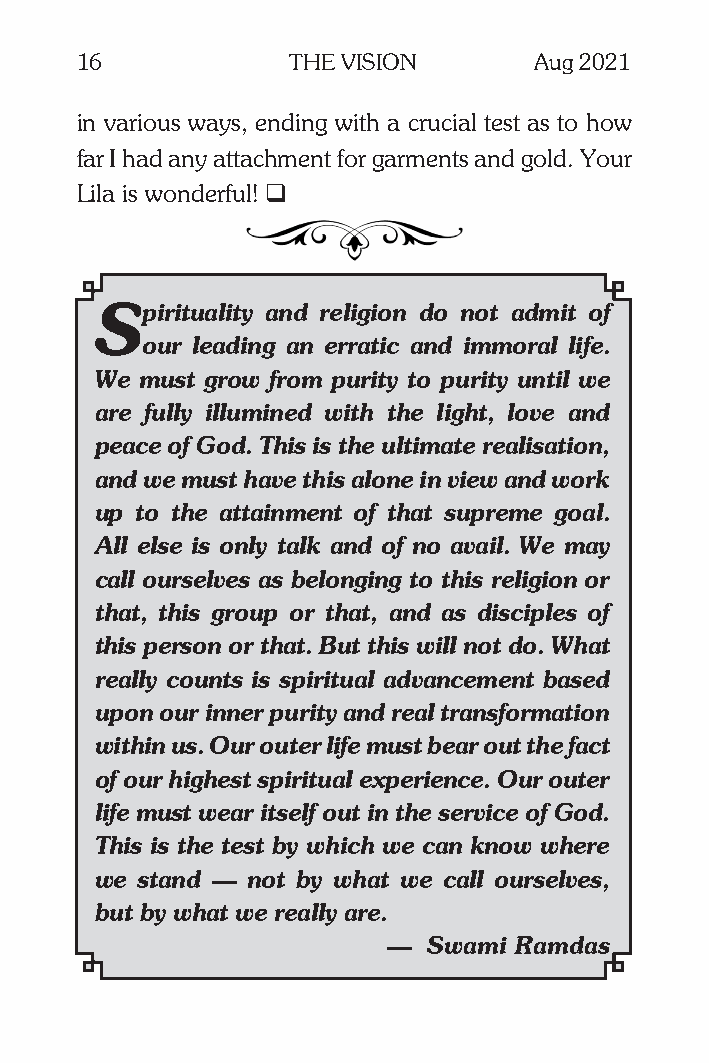
16            THE VISION      Aug 2021
 in various ways, ending with a crucial test as to how
 far I had any attachment for garments and gold. Your
 Lila is wonderful! q
 Spirituality and religion do not admit of
 our leading an erratic and immoral life.
 We must grow from purity to purity until we
 are fully illumined with the light, love and
 peace of God. This is the ultimate realisation,
 and we must have this alone in view and work
 up to the attainment of that supreme goal.
 All else is only talk and of no avail. We may
 call ourselves as belonging to this religion or
 that, this group or that, and as disciples of
 this person or that. But this will not do. What
 really counts is spiritual advancement based
 upon our inner purity and real transformation
 within us. Our outer life must bear out the fact
 of our highest spiritual experience. Our outer
 life must wear itself out in the service of God.
 This is the test by which we can know where
 we stand — not by what we call ourselves,
 but by what we really are.
 — Swami Ramdas